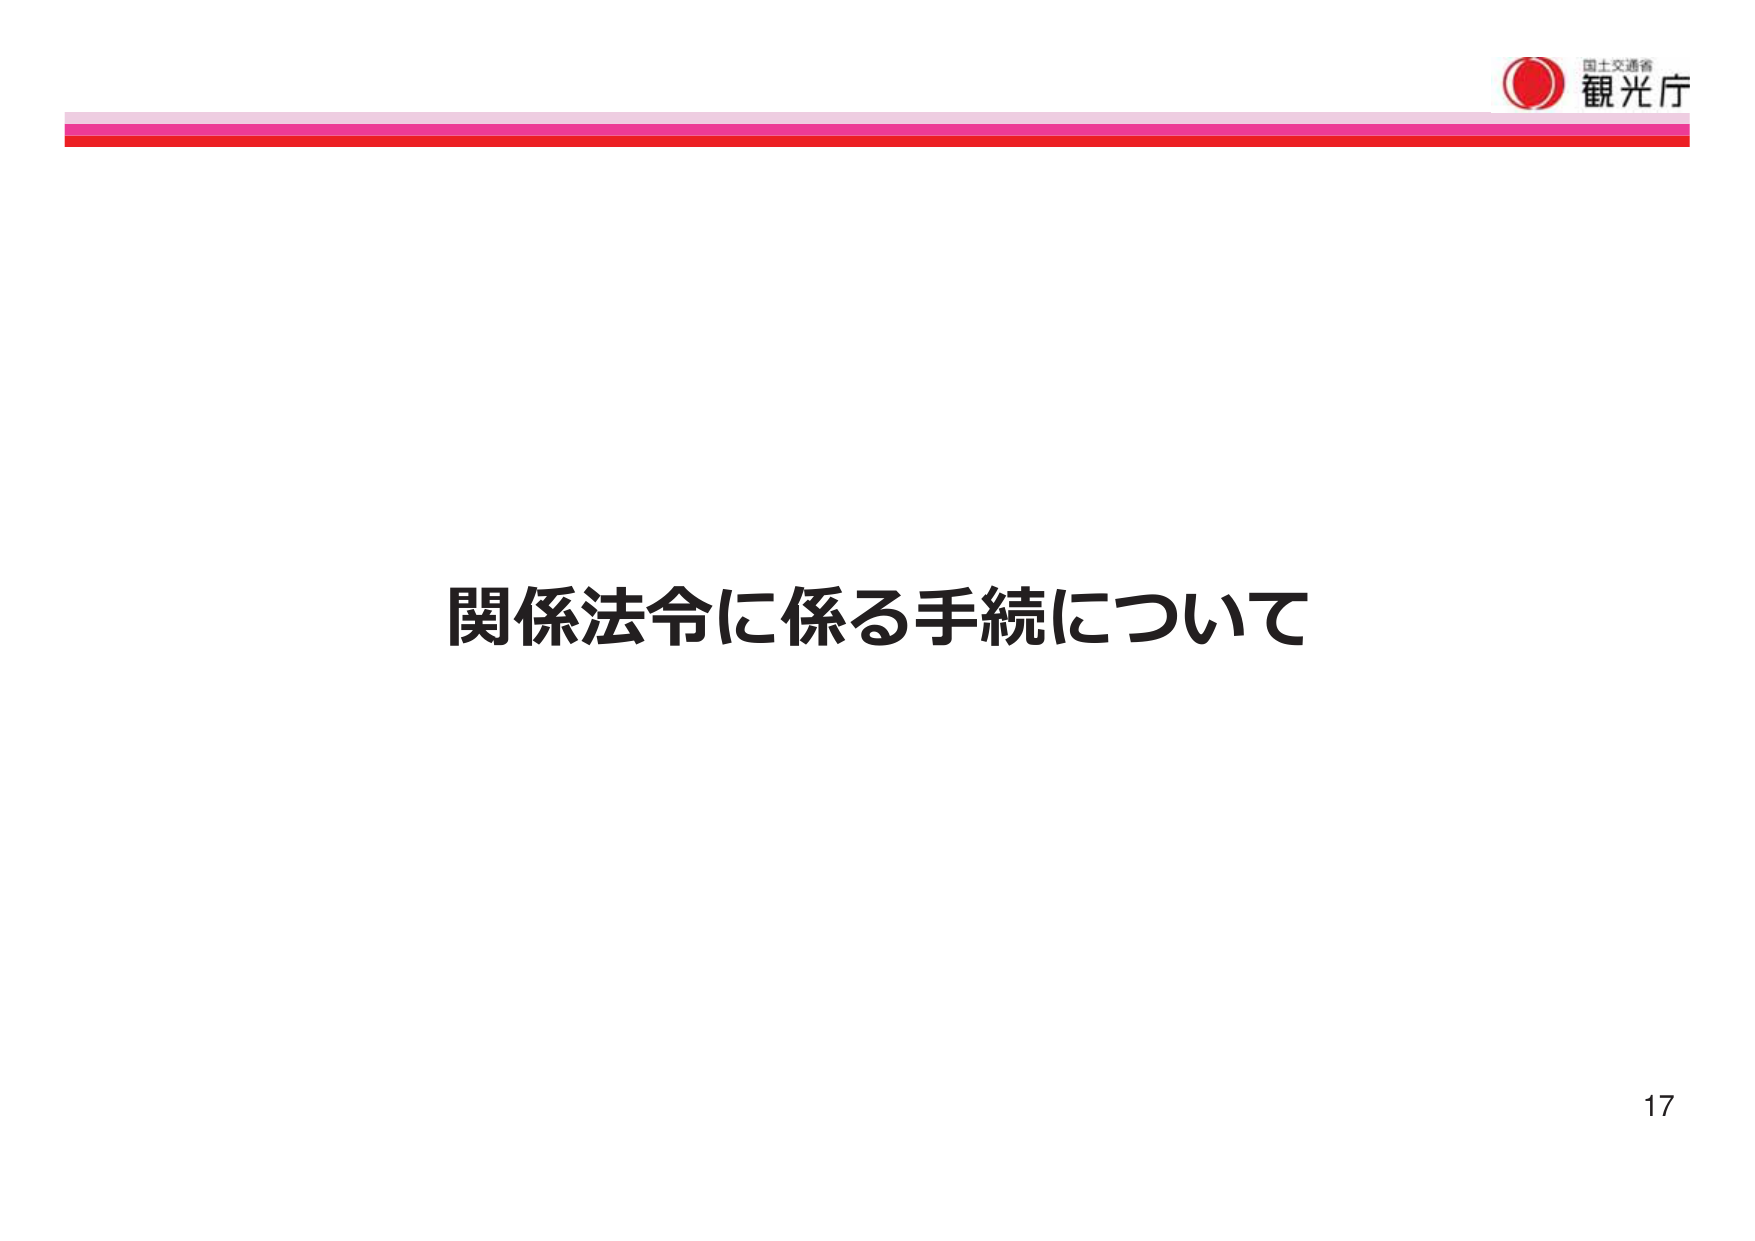
国土交通省
観光庁
関係法令に係る手続について
17